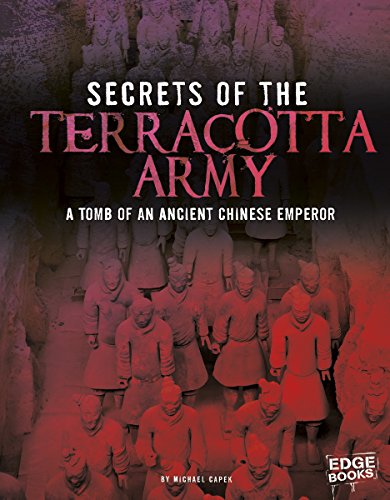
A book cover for Secrets of the Terracotta Army: Tomb of an Ancient Chinese Emperor (Archaeological Mysteries); Michael Capek; Children's Books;